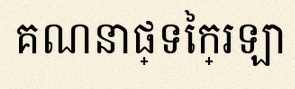
គណនាផ្ទៃក្រឡា